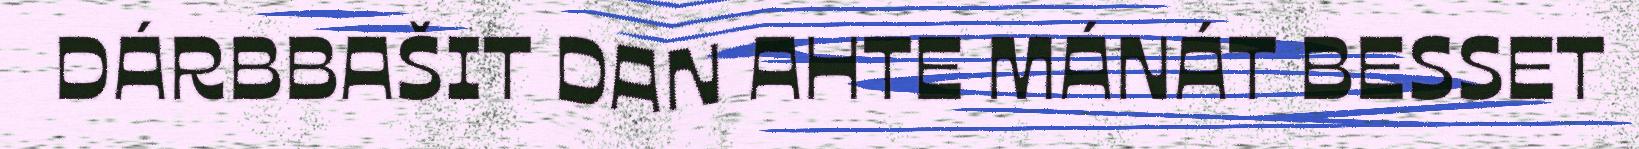
DÁRBBAŠIT DAN AHTE MÁNÁT BESSET